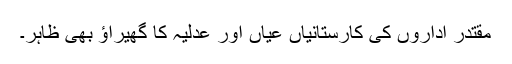
مقتدر اداروں کی کارستانیاں عیاں اور عدلیہ کا گھیراؤ بھی ظاہر۔